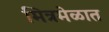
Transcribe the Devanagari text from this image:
मित्रमेळात